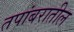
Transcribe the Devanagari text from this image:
तपांबरातील